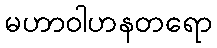
မဟာဝါဟနတရော